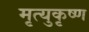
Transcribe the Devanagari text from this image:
मृत्युकृष्ण